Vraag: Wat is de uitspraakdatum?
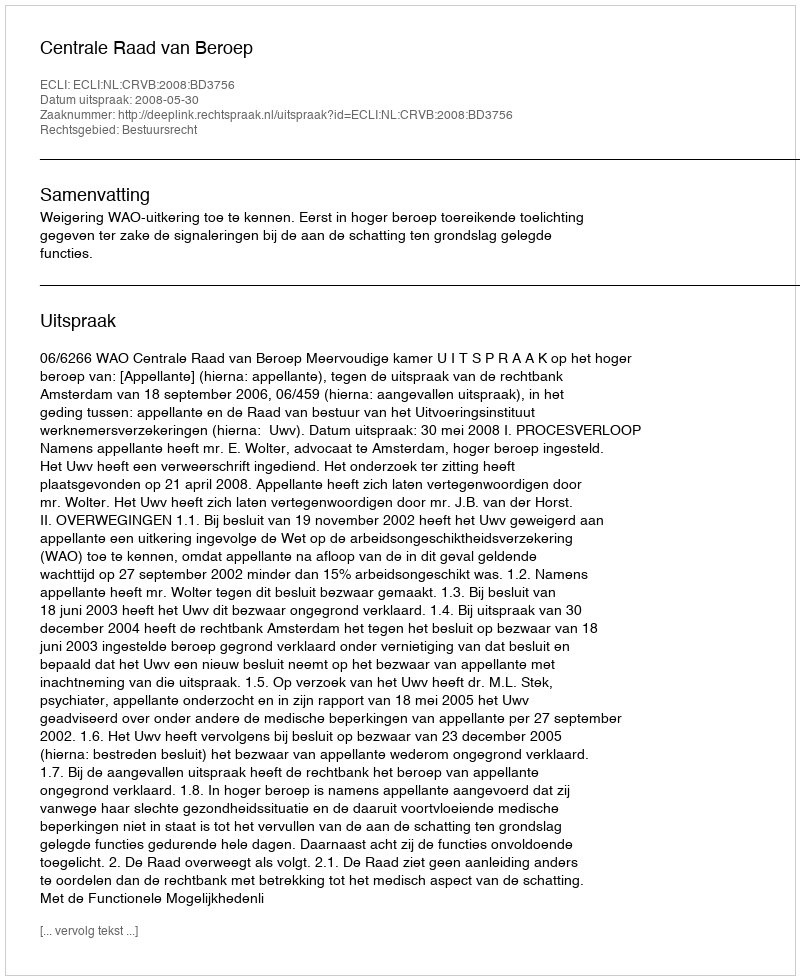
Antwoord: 2008-05-30